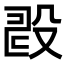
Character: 𣪐